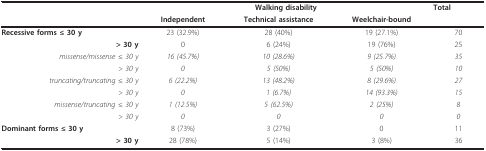
<table><thead><tr><td></td><td colspan="3"><b>Walking disability</b></td><td><b>Total</b></td></tr><tr><td></td><td><b>Independent</b></td><td><b>Technical assistance</b></td><td><b>Weelchair-bound</b></td><td></td></tr></thead><tbody><tr><td><b>Recessive forms ≤ 30 y</b></td><td>23 (32.9%)</td><td>28 (40%)</td><td>19 (27.1%)</td><td>70</td></tr><tr><td><b>&gt; 30 y</b></td><td>0</td><td>6 (24%)</td><td>19 (76%)</td><td>25</td></tr><tr><td> <i>missense/missense ≤ 30 y</i></td><td><i>16 (45.7%)</i></td><td><i>10 (28.6%)</i></td><td><i>9 (25.7%)</i></td><td><i>35</i></td></tr><tr><td> <i>&gt; 30 y</i></td><td><i>0</i></td><td><i>5 (50%)</i></td><td><i>5 (50%)</i></td><td><i>10</i></td></tr><tr><td> <i>truncating/truncating ≤ 30 y</i></td><td><i>6 (22.2%)</i></td><td><i>13 (48.2%)</i></td><td><i>8 (29.6%)</i></td><td><i>27</i></td></tr><tr><td> <i>&gt; 30 y</i></td><td><i>0</i></td><td><i>1 (6.7%)</i></td><td><i>14 (93.3%)</i></td><td><i>15</i></td></tr><tr><td> <i>missense/truncating ≤ 30 y</i></td><td><i>1 (12.5%)</i></td><td><i>5 (62.5%)</i></td><td><i>2 (25%)</i></td><td><i>8</i></td></tr><tr><td> <i>&gt; 30 y</i></td><td><i>0</i></td><td><i>0</i></td><td><i>0</i></td><td><i>0</i></td></tr><tr><td><b>Dominant forms ≤ 30 y</b></td><td>8 (73%)</td><td>3 (27%)</td><td>0</td><td>11</td></tr><tr><td><b>&gt; 30 y</b></td><td>28 (78%)</td><td>5 (14%)</td><td>3 (8%)</td><td>36</td></tr></tbody></table>